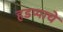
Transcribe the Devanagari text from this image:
हडप्पाचे